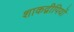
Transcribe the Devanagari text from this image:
शाकद्वीपियों